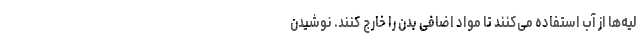
لیه‌ها از آب استفاده می‌کنند تا مواد اضافی بدن را خارج کنند. نوشیدن